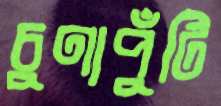
চুণাপুঁটি